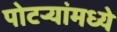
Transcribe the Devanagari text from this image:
पोटर्‍यांमध्ये